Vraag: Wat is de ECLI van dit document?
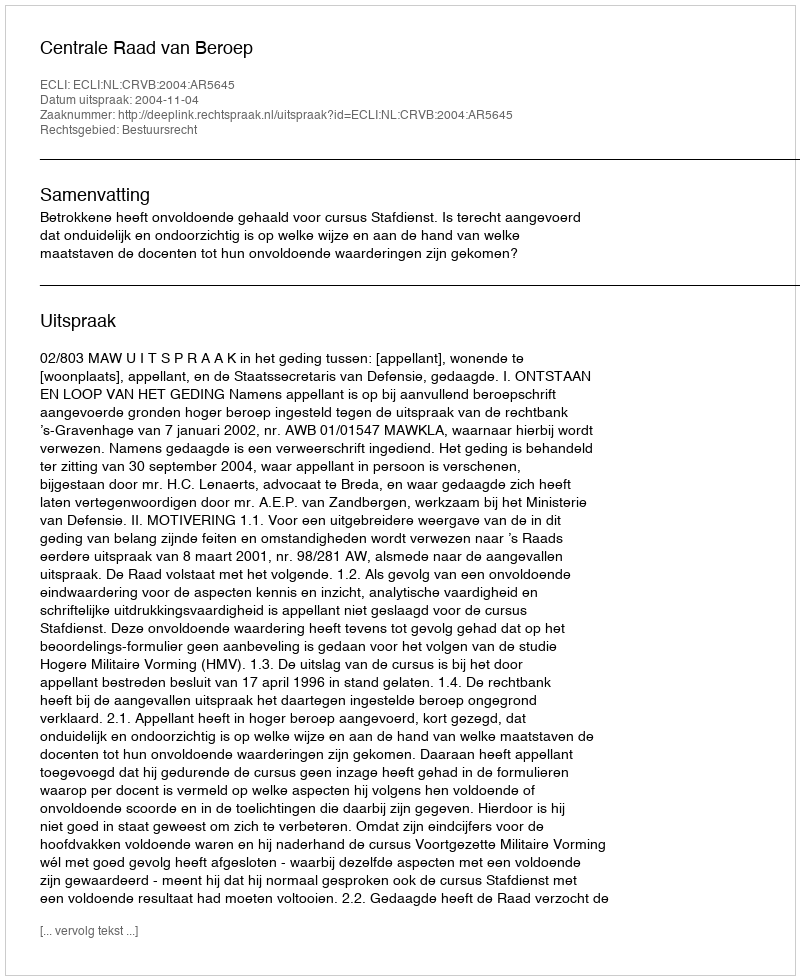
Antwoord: ECLI:NL:CRVB:2004:AR5645